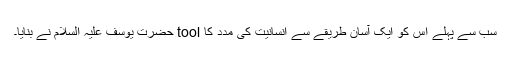
سب سے پہلے اِس کو ایک آسان طریقے سے انسانیت کی مدد کا tool حضرت یوسف علیہ السلام نے بنایا۔